Report of the Bombay Plague Committee
Disease focus: Plague
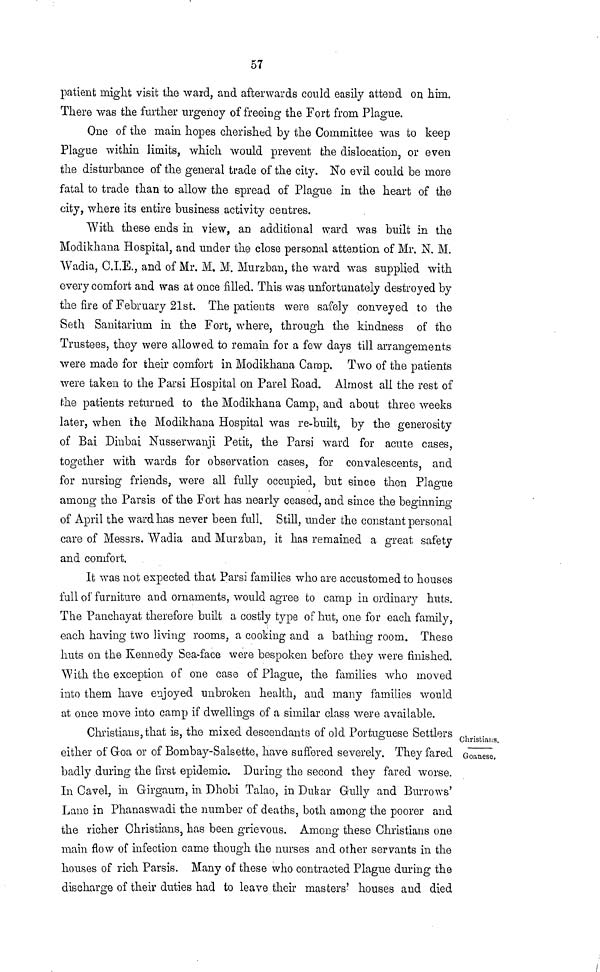
57
patient might visit the ward, and afterwards could easily attend on him.
There was the further urgency of freeing the Fort from Plague.
One of the main hopes cherished by the Committee was to keep
Plague within limits, which would prevent the dislocation, or even
the disturbance of the general trade of the city. No evil could be more
fatal to trade than to allow the spread of Plague in the heart of the
city, where its entire business activity centres.
With these ends in view, an additional ward was built in the
Modikhana Hospital, and under the close personal attention of Mr. N. M.
Wadia, C.I.E., and of Mr. M. M. Murzban, the ward was supplied with
every comfort and was at once filled. This was unfortunately destroyed by
the fire of February 21st. The patients were safely conveyed to the
Seth Sanitarium in the Fort, where, through the kindness of the
Trustees, they were allowed to remain for a few days till arrangements
were made for their comfort in Modikhana Carap. Two of the patients
were taken to the Parsi Hospital on Parel Road. Almost all the rest of
the patients returned to the Modikhana Camp, and about three weeks
later, when the Modikhana Hospital was re-built, by the generosity
of Bai Dinbai Nusserwanji Petit, the Parsi ward for acute cases,
together with wards for observation cases, for convalescents, and
for nursing friends, were all fully occupied, but since then Plague
among the Parsis of the Fort has nearly ceased, and since the beginning
of April the ward has never been full. Still, under the constant personal
care of Messrs. Wadia and Murzban, it has remained a great safety
and comfort.
It was not expected that Parsi families who are accustomed to houses
full of furniture and ornaments, would agree to camp in ordinary huts.
The Panchayat therefore built a costly type of hut, one for each family,
each having two living rooms, a cooking and a bathing room. These
huts on the Kennedy Sea-face were bespoken before they were finished.
With the exception of one case of Plague, the families who moved
into them have enjoyed unbroken health, and many families would
at once move into camp if dwellings of a similar class were available.
Christians.
Goanese,
Christiaus, that is, the mixed descendants of old Portuguese Settlers
either of Goa or of Bombay-Salsette, have suffered severely. They fared
badly during the first epidemic. During the second they fared worse.
In Cavel, in Girgaum, in Dhobi Talao, in Dukar Gully and Burrows'
Lane in Phanaswadi the number of deaths, both among the poorer and
the richer Christians, has been grievous. Among these Christians one
main flow of infection came though the nurses and other servants in the
houses of rich Parsis. Many of these who contracted Plague during the
discharge of their duties had to leave their masters.' houses and died